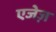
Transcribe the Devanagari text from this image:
एजेज़